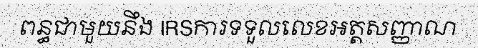
ពន្ធជាមួយនឹង IRSការទទួលលេខអត្តសញ្ញាណ